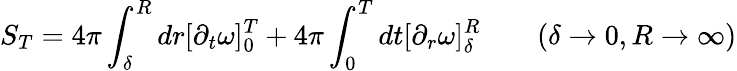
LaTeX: S_{T}=4\pi\int_{\delta}^{R}dr[\partial_{t}\omega]_{0}^{T}+4\pi\int_{0}^{T}dt[\partial_{r}\omega]_{\delta}^{R}\qquad(\delta\rightarrow 0,R\rightarrow\infty)